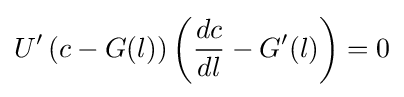
U'\left(c-G(l)\right)\left({\frac {dc}{dl}}-G'(l)\right)=0